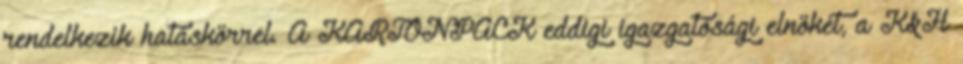
rendelkezik hatáskörrel. A KARTONPACK eddigi igazgatósági elnökét, a K&H